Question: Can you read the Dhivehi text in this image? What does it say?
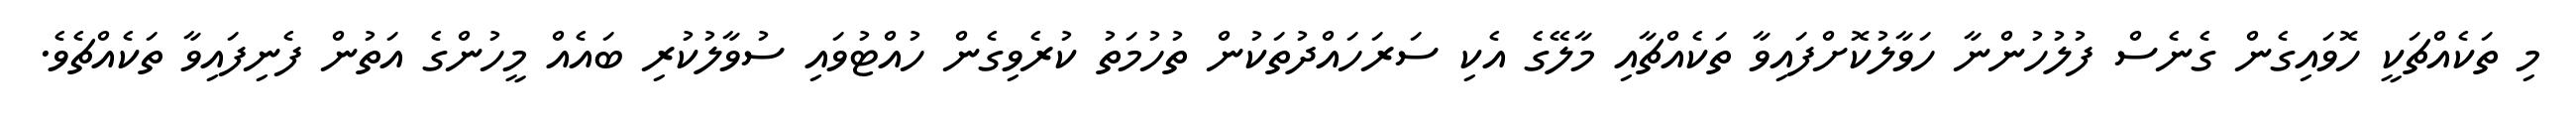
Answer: މި ތަކެއްޗަކީ ހޮވައިގެން ގެނެސް ފުލުހުންނާ ހަވާލުކޮށްފައިވާ ތަކެއްޗާއި މާލޭގެ އެކި ސަރަހައްދުތަކުން ތުހުމަތު ކުރެވިގެން ހުއްޓުވައި ސުވާލުކުރި ބައެއް މީހުންގެ އަތުން ފެނިފައިވާ ތަކެއްޗެވެ.